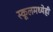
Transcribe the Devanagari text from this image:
स्कूलमध्येही